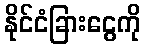
နိုင်ငံခြားငွေကို